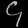
Digit: ၄